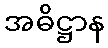
အဓိဋ္ဌာန